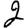
Digit: 2